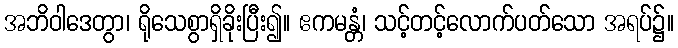
အဘိဝါဒေတွာ၊ ရိုသေစွာရှိခိုးပြီး၍။ ဧကမန္တံ၊ သင့်တင့်လောက်ပတ်သော အရပ်၌။